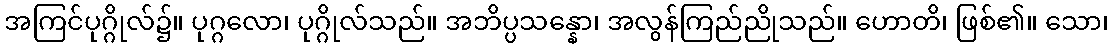
အကြင်ပုဂ္ဂိုလ်၌။ ပုဂ္ဂလော၊ ပုဂ္ဂိုလ်သည်။ အဘိပ္ပသန္နော၊ အလွန်ကြည်ညိုသည်။ ဟောတိ၊ ဖြစ်၏။ သော၊